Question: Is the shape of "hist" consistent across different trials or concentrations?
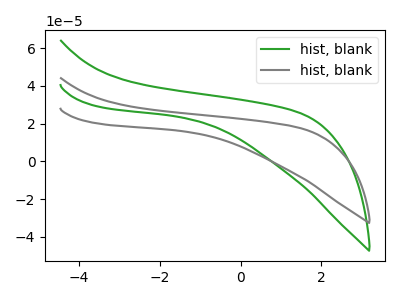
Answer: <think>The green curve "hist, blank1" has no peaks. The gray curve "hist, blank2" has no peaks.
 Neither "hist, blank1" or "hist, blank2" have any peaks.</think>
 <answer>All the CV's of "hist" have similar shape.</answer>
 <eval>follow_rule</eval>